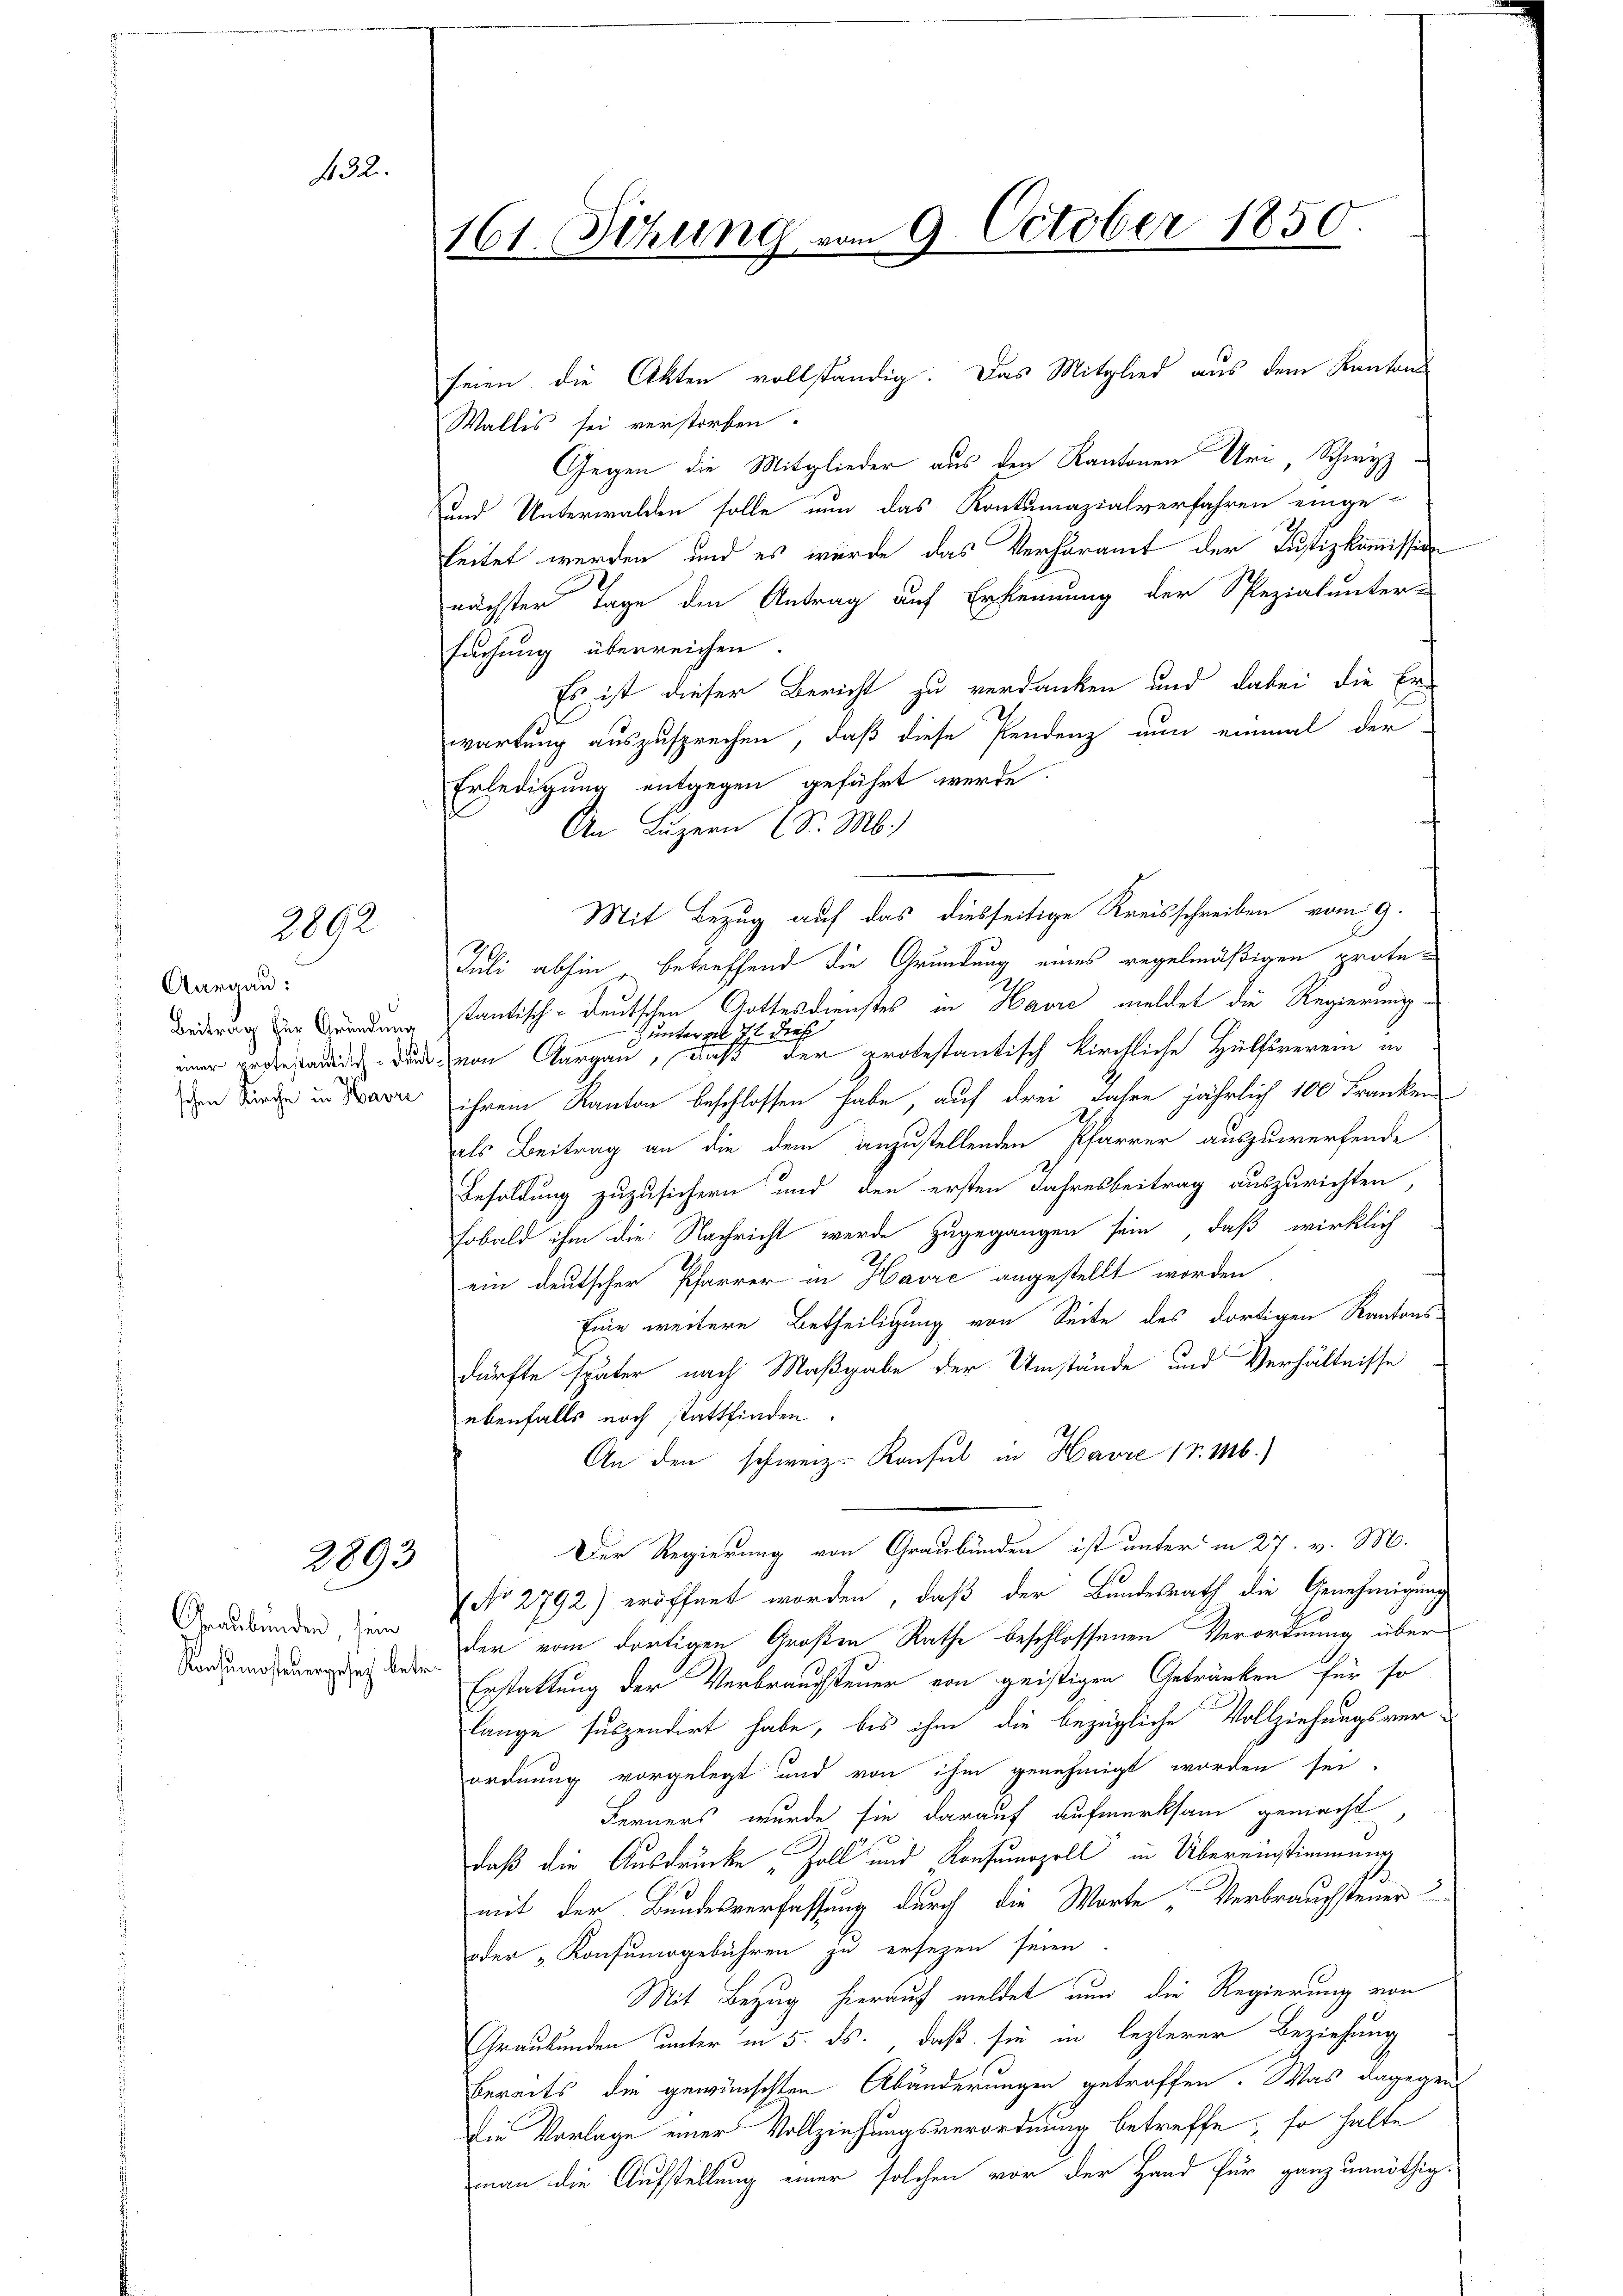
2

2892

Aargau:
Beitrag für Gründung
schen Kirche in Havre

2893

Graubünden, sein
Konsumsteuergesetz betr.

seien die Akten vollständig. Das Mitglied aus dem Kantons
Wallis sei verstorben.
Gegen die Mitglieder aus den Kantonen Uri, Schwyz
und Unterwalden solle nun das Kontumazialverfahren einge-
leitet werden, und es würde das Verhöramt der Justizkommission
nächster Tage den Antrag auf Erkennung der Spezialunter-
suchung überreichen.
Es ist dieser Bericht zu verdanken und dabei die Er-
wartung auszusprechen, daß diese Pendenz nun einmal der
Erledigung entgegen geführt werde
An Luzern (S. M.)
Mit Bezug auf das diesseitige Kreisschreiben vom 9.
Juli abhin, betreffend die Gründung eines regelmäßigen protestantisch-deutschen Gottesdienstes in Havre meldet die Regierung
unterm 7 die
imer gegend durch von Aargau, daß der protestantisch kirchliche Hülfsverein in
ihrem Kanton beschlossen habe, auf drei Jahre jährlich 100 Franken
als Beitrag an die dem anzustellenden Pfarrer auszuwerfende
Besoldung zuzusichern und den ersten Jahresbeitrag auszurichten,
Fobald ihm die Nachricht werde zugegangen sein, daß wirklich
D
ein deutscher Pfarrer in Havre angestellt worden
Eine weitere Betheiligung von Seite des dortigen Kantons-
dürfte später nach Maßgabe der Umstände und Verhältnisse
ebenfalls noch stattfinden.
An den schweiz. Konsul in Havre 1 v. M.)
Der Regierung von Graubünden ist unter in 27. v. M.
No 2792) eröffnet worden, daß der Bundesrath die Genehmigung
der vom dortigen Großen Rathe beschlossenen Verordnung über
Erstattung der Verbrauchsteuer von geistigen Getränken für so
lange suspendirt habe, bis ihm die bezügliche Vollziehungsver-
ordnung vorgelegt und von ihm genehmigt worden sei,
Ferners wurde sie darauf aufmerksam gemacht
daß die Ausdrücke Zoll und Konsumozell in Übereinstimmung
mit der Bundesverfassung durch die Worte „Verbrauchsteuer u
oder „Konsumogebühren zu ersezen seien
Mit Bezug hierauf meldet nun die Regierung von
Graubünden unter in 5. ds., daß sie in lezterer Beziehung
bereits die gewünschten Abänderungen getroffen. Was dagegen
Die Vorlage einer Vollziehungsverordnung betreffe, so halte
man die Aufstellung einer solchen vor der Hand für ganz unnöthig.

161. Sitzung vom 9. October 1850.